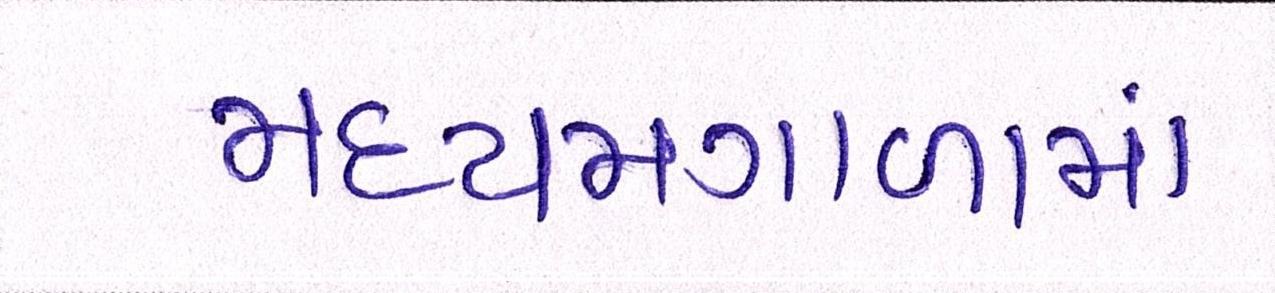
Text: મધ્યમગાળામાં